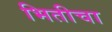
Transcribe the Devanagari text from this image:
भितीचा